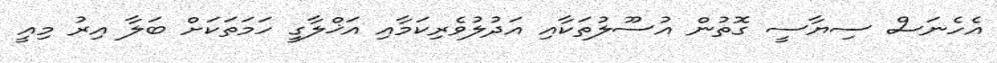
އެހެނަސް ސިޔާސީ ގޮތުން އުސޫލުތަކާއި އަދުލުވެރިކަމާއި އަޚްލާގީ ހަމަތަކަށް ބަލާ އިރު މިއީ